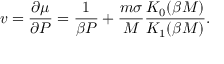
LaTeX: v = \frac { \partial \mu } { \partial P } = \frac { 1 } { \beta P } + \frac { m \sigma } { M } \frac { K _ { 0 } ( \beta M ) } { K _ { 1 } ( \beta M ) } .